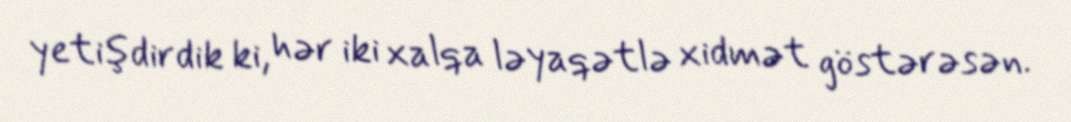
yetişdirdik ki, hər iki xalqa ləyaqətlə xidmət göstərəsən.